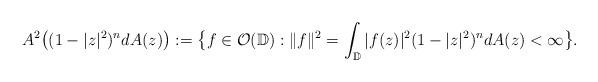
LaTeX: \begin{align*}A^2\big((1-|z|^2)^n dA(z)\big):=\big\{f\in \mathcal O(\mathbb D): \|f\|^2=\int_{\mathbb D}|f(z)|^2(1-|z|^2)^n dA(z)< \infty\big\}.\end{align*}